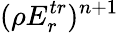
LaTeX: (\rho E_{r}^{tr})^{n+1}